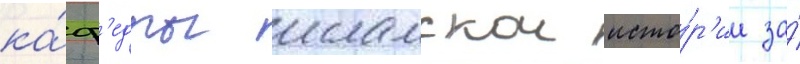
ка́ф'едры исламскои исто́р'ии за́